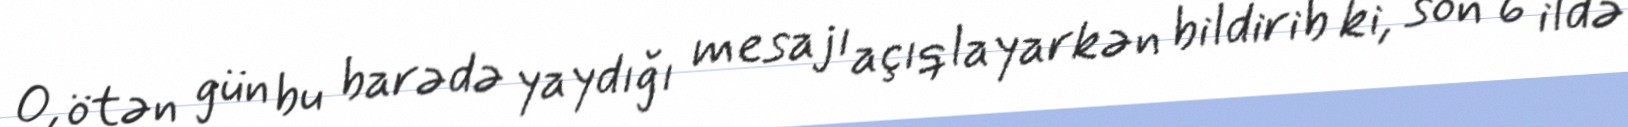
O, ötən gün bu barədə yaydığı mesajı açıqlayarkən bildirib ki, son 6 ildə